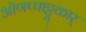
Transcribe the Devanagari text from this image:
ऑणप्पाट्टू़कार्